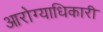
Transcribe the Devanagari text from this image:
आरोग्याधिकारी